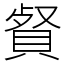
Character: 䝳